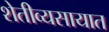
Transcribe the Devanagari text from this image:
शेतीव्यसायात